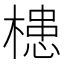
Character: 槵